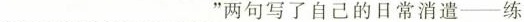
___“两句写了自己的日常消遣—练